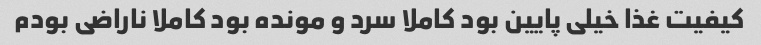
کیفیت غذا خیلی پایین بود کاملا سرد و مونده بود کاملا ناراضی بودم